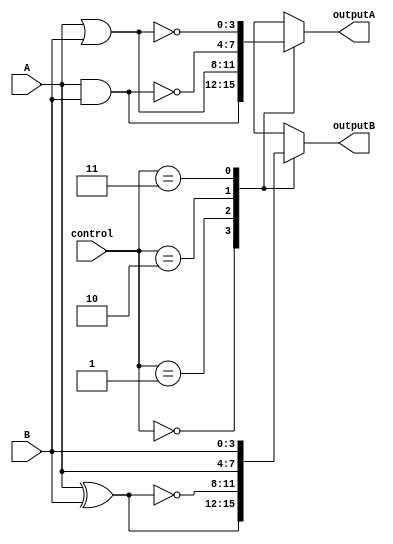
module AdjacencyGroups (
    input wire [3:0] A,          // 4-bit input group A
    input wire [3:0] B,          // 4-bit input group B
    input wire [1:0] control,     // Control signals to select logic function
    output wire [3:0] outputA,   // Output from group A
    output wire [3:0] outputB    // Output from group B
);

// Logic function selection for Group A
always @(*) begin
    case (control)
        2'b00: outputA = A & B;    // AND operation
        2'b01: outputA = A | B;    // OR operation
        2'b10: outputA = ~(A & B);  // NAND operation
        2'b11: outputA = ~(A | B);  // NOR operation
        default: outputA = 4'b0000; // Default case
    endcase
end

// Logic function selection for Group B
always @(*) begin
    case (control)
        2'b00: outputB = A ^ B;    // XOR operation
        2'b01: outputB = ~(A ^ B); // XNOR operation
        2'b10: outputB = A;        // Pass-through A
        2'b11: outputB = B;        // Pass-through B
        default: outputB = 4'b0000; // Default case
    endcase
end

endmodule